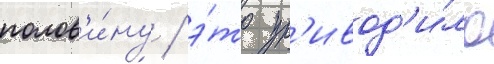
полов'и́ну / э́то пр'ивод'и́ло